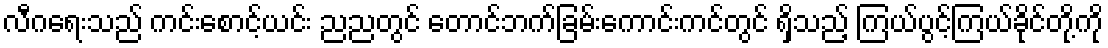
လီဂရေးသည် ကင်းစောင့်ယင်း ညညတွင် တောင်ဘက်ခြမ်းကောင်းကင်တွင် ရှိသည့် ကြယ်ပွင့်ကြယ်ခိုင်တို့ကို